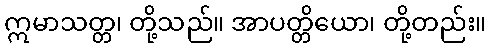
ဣမာသတ္တ၊ တို့သည်။ အာပတ္တိယော၊ တို့တည်း။